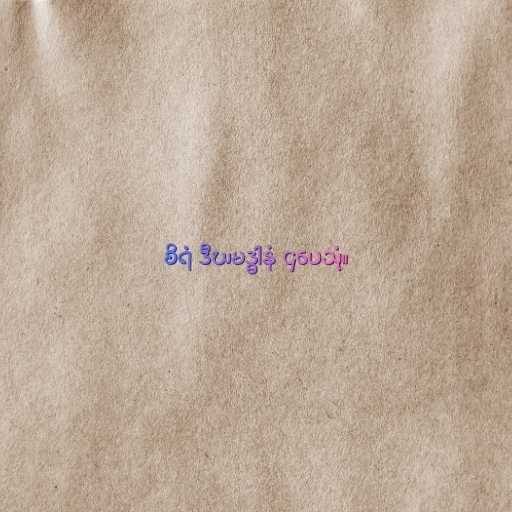
စိရံ ဒီဃမဒ္ဓါနံ ဌပေသုံ။